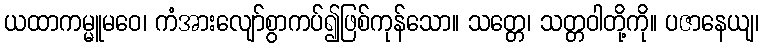
ယထာကမ္မူမဝေ၊ ကံအားလျော်စွာကပ်၍ဖြစ်ကုန်သော။ သတ္တေ၊ သတ္တဝါတို့ကို။ ပဇာနေယျ၊